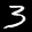
Label: 3